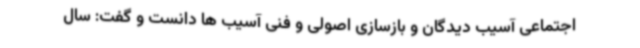
اجتماعی آسیب دیدگان و بازسازی اصولی و فنی آسیب ها دانست و گفت: سال